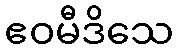
ဧဝမီဒိသေ